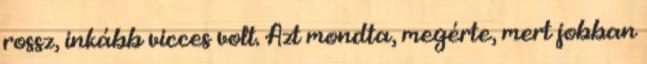
rossz, inkább vicces volt. Azt mondta, megérte, mert jobban